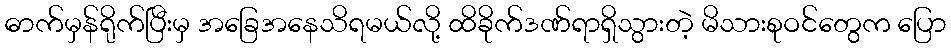
ဓာက်မှန်ရိုက်ပြီးမှ အခြေအနေသိရမယ်လို့ ထိခိုက်ဒဏ်ရာရှိသွားတဲ့ မိသားစုဝင်တွေက ပြော